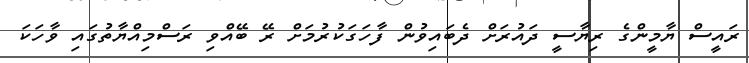
ރައީސް ޔާމީންގެ ރިޔާސީ ދައުރަށް ދެބައިވުން ފާހަގަކުރުމަށް ރޭ ބޭއްވި ރަސްމިއްޔާތުގައި ވާހަކަ